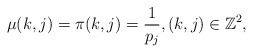
\begin{align*}\mu(k,j)=\pi(k,j)=\frac{1}{p_j}, (k,j)\in \mathbb{Z}^2,\end{align*}